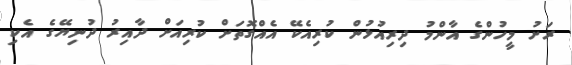
ރަށު މީހުންގެ އާންމު ދިރިއުޅުން ކުރިއެކޭ އެއްގޮތަށް ކުރިއަށް ދާއިރު ދުނިޔޭގެ އެކި